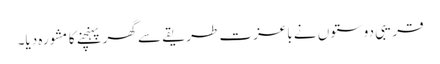
قریبی دوستوں نے باعزت طریقے سے گھر پہنچنے کا مشورہ دیا۔